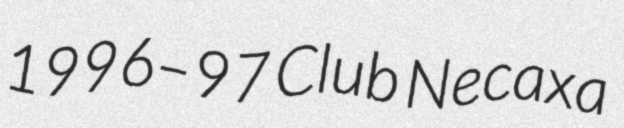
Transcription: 1996–97 Club Necaxa